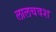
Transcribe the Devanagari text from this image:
लालचवश